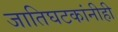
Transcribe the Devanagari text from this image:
जातिघटकांनीही